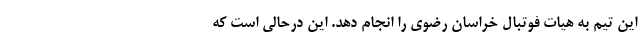
این تیم به هیات فوتبال خراسان رضوی را انجام دهد. این درحالی است که